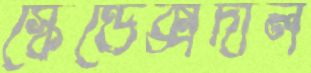
স্কেন্ডেক্সদাল